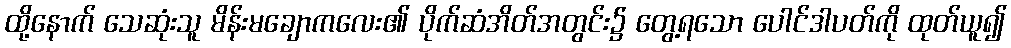
ထို့နောက် သေဆုံးသူ မိန်းမချောကလေး၏ ပိုက်ဆံအိတ်အတွင်း၌ တွေ့ရသော ပေါင်ဒါပတ်ကို ထုတ်ယူ၍